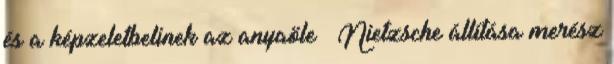
és a képzeletbelinek az anyaöle – Nietzsche állítása merész